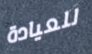
للعيادة